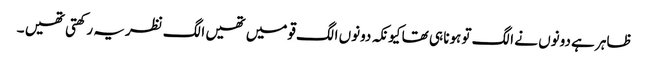
ظاہر ہے دونوں نے الگ تو ہونا ہی تھا کیونکہ دونوں الگ قومیں تھیں الگ نظریہ رکھتی تھیں ۔